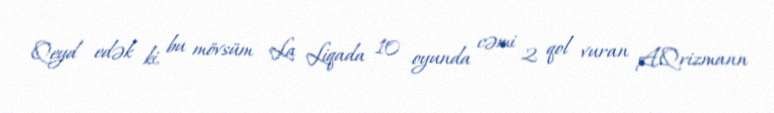
Qeyd edək ki, bu mövsüm La Liqada 10 oyunda cəmi 2 qol vuran A.Qrizmann